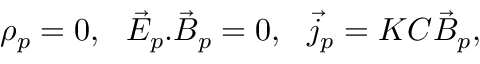
\rho _ { p } = 0 , \ \ \vec { E } _ { p } . \vec { B } _ { p } = 0 , \ \ \vec { j } _ { p } = K C \vec { B } _ { p } ,